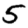
Digit: 5